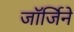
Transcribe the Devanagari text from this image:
जॉर्जिने